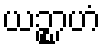
ယဉ္စာဟံ